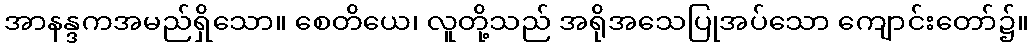
အာနန္ဒကအမည်ရှိသော။ စေတိယေ၊ လူတို့သည် အရိုအသေပြုအပ်သော ကျောင်းတော်၌။